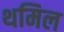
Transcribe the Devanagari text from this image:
थमिल